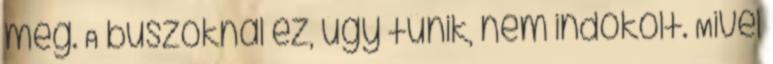
még. A buszoknál ez, úgy tűnik, nem indokolt. Mivel